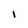
Character: I